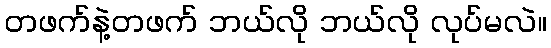
တဖက်နဲ့တဖက် ဘယ်လို ဘယ်လို လုပ်မလဲ။